Sketch of the medical history of the native army of Bombay, for the year
Year: 1870
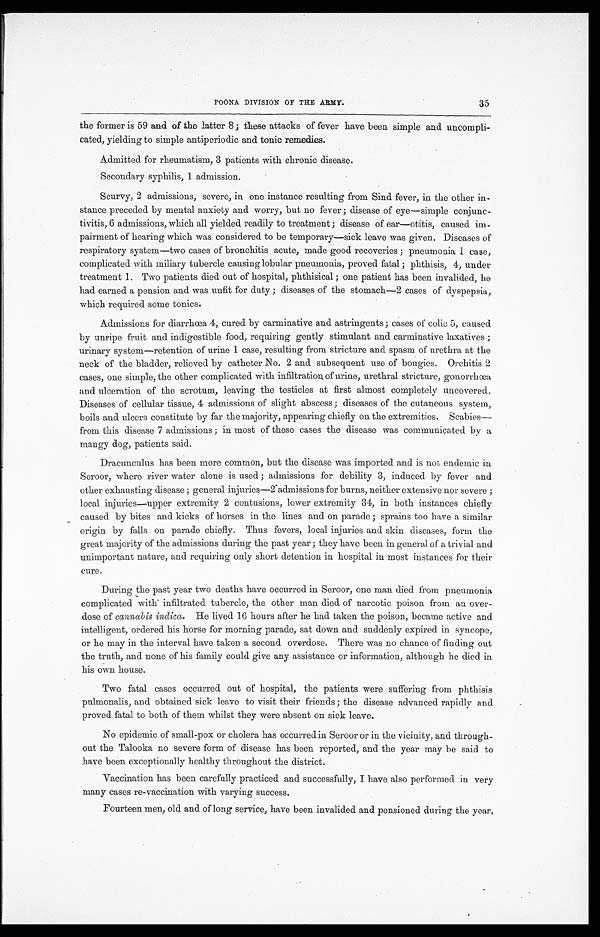
POONA DIVISION OF THE ARMY.
the former is 59 and of the latter 8; these attacks of fever have been simple and uncompli
-
cated, yielding to simple antiperiodic and tonic remedies.
Admitted for rheumatism, 3 patients with chronic disease.
Secondary syphilis, 1 admission.
Scurvy, 2 admissions, severe, in one instance resulting from Sind fever, in the other in
-
stance preceded by mental anxiety and worry, but no fever; disease of eye—simple conjunc
-
tivitis, 6 admissions, which all yielded readily to treatment; disease of ear—otitis, caused im
-
pairment of hearing which was considered to be temporary—sick leave was given. Diseases of
respiratory system—two cases of bronchitis acute, made good recoveries; pneumonia 1 case,
complicated with miliary tubercle causing lobular pneumonia, proved fatal; phthisis, 4, under
treatment 1. Two patients died out of hospital, phthisical; one patient has been invalided, he
had earned a pension and was unfit for duty; diseases of the stomach—2 cases of dyspepsia,
which required some tonics.
Admissions for diarrhœa 4, cured by carminative and astringents; cases of colic 5, caused
by unripe fruit and indigestible food, requiring gently stimulant and carminative laxatives;
urinary system—retention of urine 1 case, resulting from stricture and spasm of urethra at the
neck of the bladder, relieved by catheter No. 2 and subsequent use of bougies. Orchitis 2
cases, one simple, the other complicated with infiltration of urine, urethral stricture, gonorrhœa
and ulceration of the scrotum, leaving the testicles at first almost completely uncovered.
Diseases of cellular tissue, 4 admissions of slight abscess; diseases of the cutaneous system,
boils and ulcers constitute by far the majority, appearing chiefly on the extremities. Scabies—
from this disease 7 admissions; in most of these cases the disease was communicated by
a
mangy dog, patients said.
Dracunculus has been more common, but the disease was imported and is not endemic in
Seroor, where river water alone is used; admissions for debility 3, induced by fever and
other exhausting disease; general injuries—2admissions for burns, neither extensive nor severe;
local injuries—upper extremity 2 contusions, lower extremity 34, in both instances chiefly
caused by bites and kicks of horses in the lines and on parade; sprains too have a similar
origin by falls on parade chiefly. Thus fevers, local injuries and skin diseases, form the
great majority of the admissions during the past year; they have been in general of a trivial and
unimportant nature, and requiring only short detention in hospital in most instances for their
cure.
During the past year two deaths have occurred in Seroor, one man died from pneumonia
complicated with infiltrated tubercle, the other man died of narcotic poison from an over
-
dose of cannabis indica. He lived 16 hours after he had taken the poison, became active and
intelligent, ordered his horse for morning parade, sat down and suddenly expired in syncope,
or he may in the interval have taken a second overdose. There was no chance of finding out
the truth, and none of his family could give any assistance or information, although he died in
his own house.
Two fatal cases occurred out of hospital, the patients were suffering from phthisis
pulmonalis, and obtained sick leave to visit their friends; the disease advanced rapidly and
proved fatal to both of them whilst they were absent on sick leave.
No epidemic of small-pox or cholera has occurred in Seroor or in the vicinity, and through
-
out the Talooka no severe form of disease has been reported, and the year may be said to
have been exceptionally healthy throughout the district.
Vaccination has been carefully practiced and successfully, I have also performed in very
many cases re-vaccination with varying success.
Fourteen men, old and of long service, have been invalided and pensioned during the year.
35